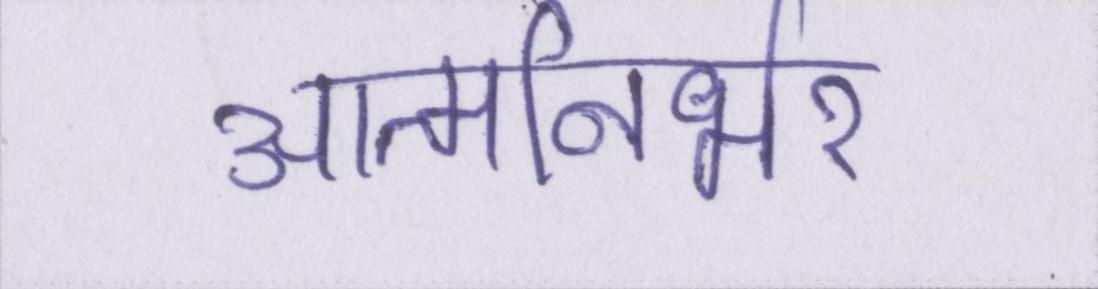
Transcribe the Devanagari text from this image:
आत्मनिर्भर